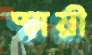
স্থায়ী